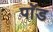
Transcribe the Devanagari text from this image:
पाॅॅड